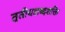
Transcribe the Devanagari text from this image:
तृतीयशब्दशक्ति